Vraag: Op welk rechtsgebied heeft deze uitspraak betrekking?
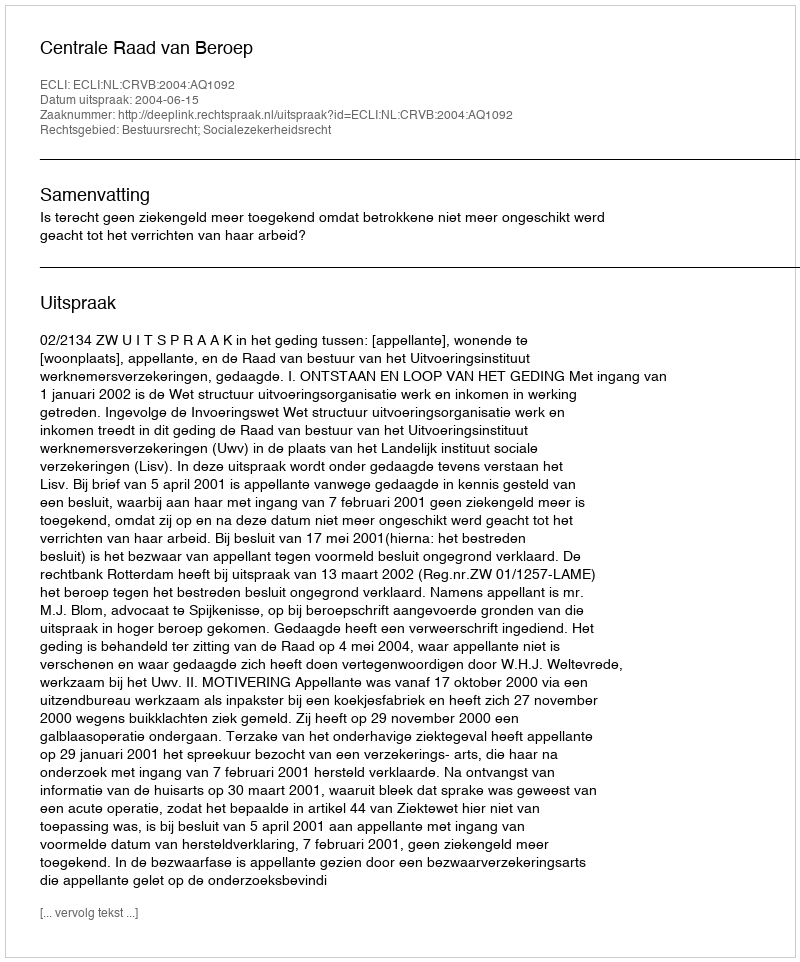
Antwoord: Bestuursrecht; Socialezekerheidsrecht